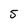
Character: 5